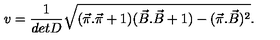
v = \frac { 1 } { d e t D } \sqrt { ( \vec { \pi } . \vec { \pi } + 1 ) ( \vec { B } . \vec { B } + 1 ) - ( \vec { \pi } . \vec { B } ) ^ { 2 } } .